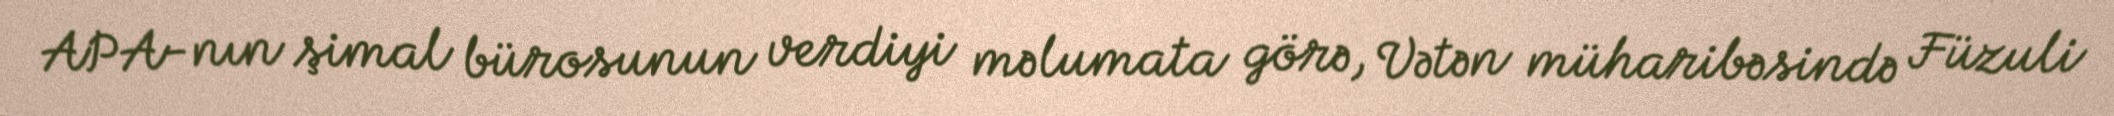
APA-nın şimal bürosunun verdiyi məlumata görə, Vətən müharibəsində Füzuli